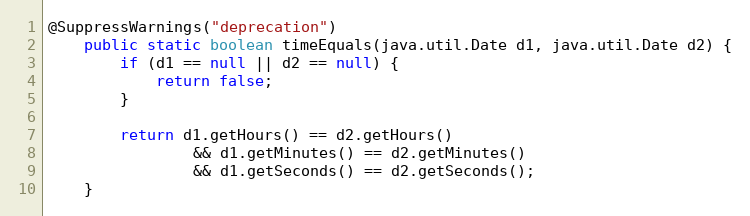
Language: Java
@SuppressWarnings("deprecation")
	public static boolean timeEquals(java.util.Date d1, java.util.Date d2) {
        if (d1 == null || d2 == null) {
            return false;
        }

        return d1.getHours() == d2.getHours()
                && d1.getMinutes() == d2.getMinutes()
                && d1.getSeconds() == d2.getSeconds();
    }